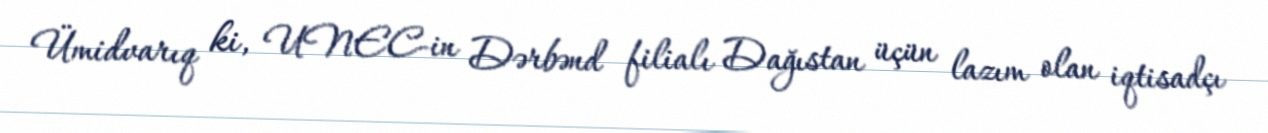
Ümidvarıq ki, UNEC-in Dərbənd filialı Dağıstan üçün lazım olan iqtisadçı